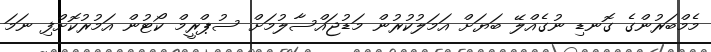
މެމްބަރުންގެ ގޮނޑި ނުގެއްލޭ ބަޔަށް އަމަލުކުރުން މަޑުޖައްސާލުމަށް ސުޕްރީމް ކޯޓުން އަމުރުކޮށްފި ނަމަ